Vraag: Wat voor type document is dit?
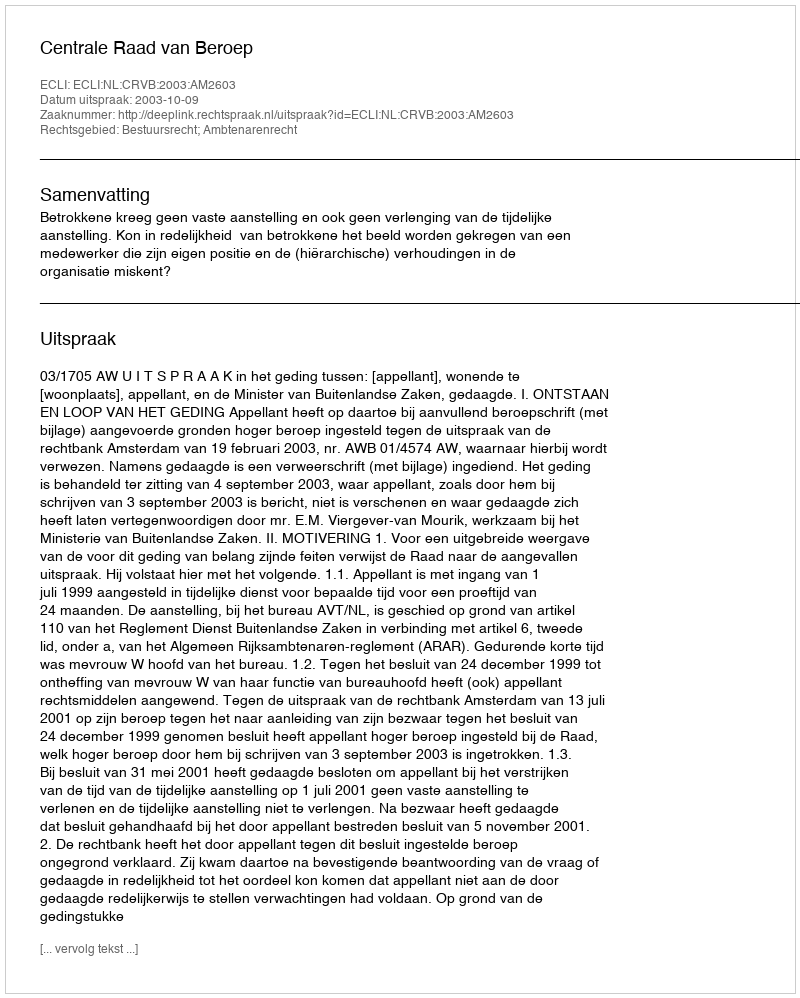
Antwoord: Uitspraak